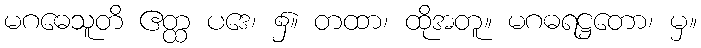
မဂဓေသူတိ ဧတ္ထ ပဒေ၊ ၌။ တထာ၊ ထိုအတူ။ မဂဓရဋ္ဌတော၊ မှ။